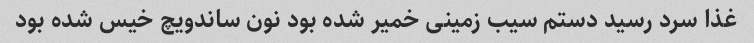
غذا سرد رسید دستم سیب زمینی خمیر شده بود نون ساندویچ خیس شده بود